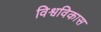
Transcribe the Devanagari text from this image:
विश्वविकास